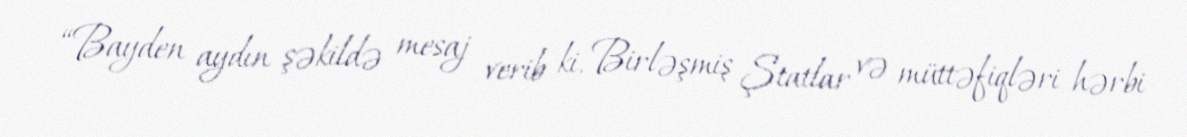
“Bayden aydın şəkildə mesaj verib ki, Birləşmiş Ştatlar və müttəfiqləri hərbi